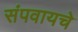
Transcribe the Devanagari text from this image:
संपवायचे